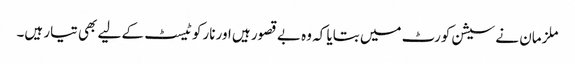
ملزمان نے سیشن کورٹ میں بتایا کہ وہ بے قصور ہیں اور نارکو ٹیسٹ کے لیے بھی تیار ہیں۔